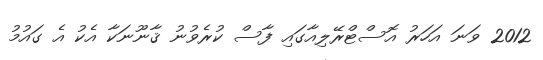
2012 ވަނަ އަހަރު އޮސްޓްރޭލިއާގައި ފާސް ކުރެވުނު ޤާނޫނަކާ އެކު އެ ގައުމު